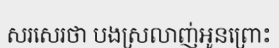
សរសេរថា បងស្រលាញ់អូនព្រោះ